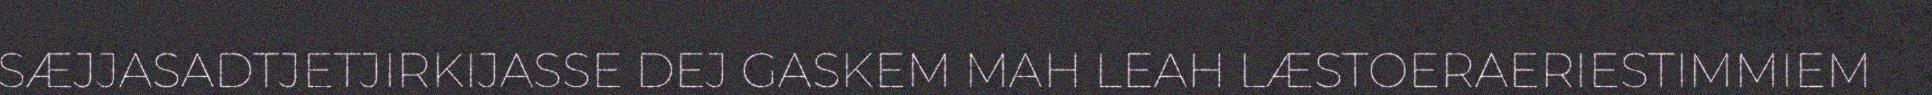
SÆJJASADTJETJIRKIJASSE DEJ GASKEM MAH LEAH LÆSTOERAERIESTIMMIEM